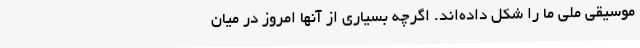
موسیقی ملی ما را شکل داده‌اند. اگرچه بسیاری از آنها امروز در میان